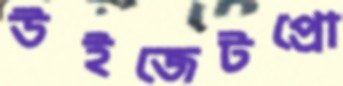
উইজেটপ্রো